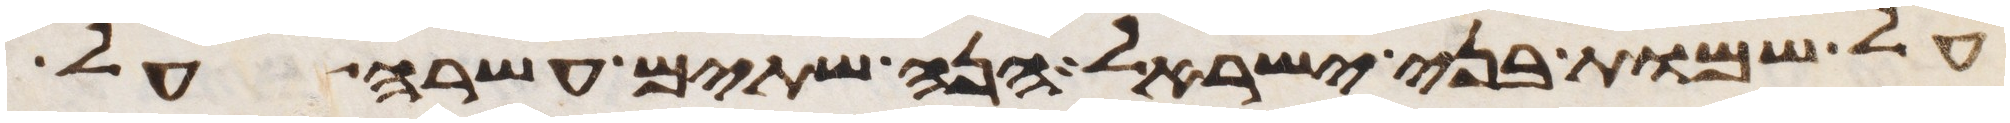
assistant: על שמות בני ישראל הנה שתים עשרה על